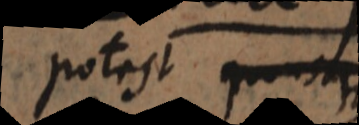
potest usque